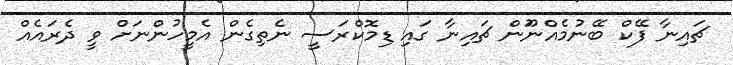
ޗައިނާ ފޭކް ބޭނުމެއްނޫަން ޗައިނާ ގައި ޑިމޮކްރަސީ ނެތިގެން އެމީހުންނަށް ވީ ދެރައެއް